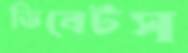
ডিবেটস